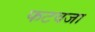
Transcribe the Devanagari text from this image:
फटवजा